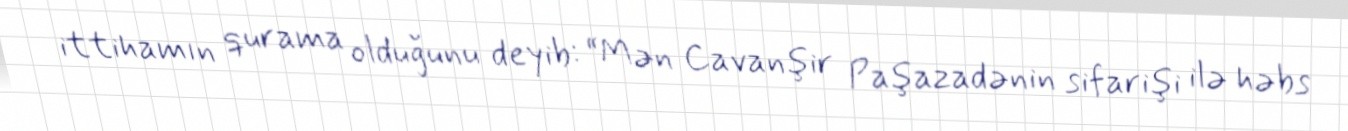
ittihamın qurama olduğunu deyib: “Mən Cavanşir Paşazadənin sifarişi ilə həbs